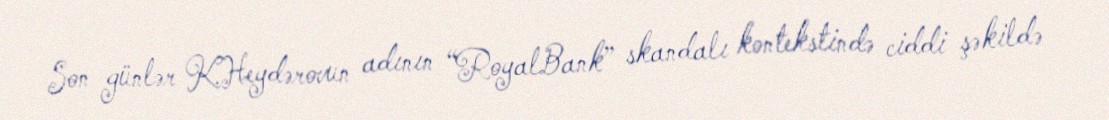
Son günlər K.Heydərovun adının “RoyalBank” skandalı kontekstində ciddi şəkildə